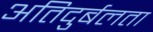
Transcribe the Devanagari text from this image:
अतिदुर्बलता